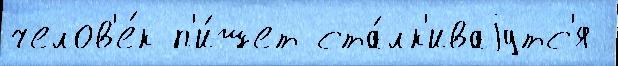
челов'е́к п'и́шет ста́лк'иваjутс'я